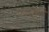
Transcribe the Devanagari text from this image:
पाल्लुरुती